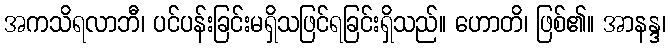
အကသိရလာဘီ၊ ပင်ပန်းခြင်းမရှိသဖြင်ရခြင်းရှိသည်။ ဟောတိ၊ ဖြစ်၏။ အာနန္ဒ၊